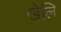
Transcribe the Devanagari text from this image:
खेलि